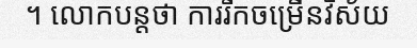
។ លោកបន្តថា ការរីកចម្រើនវិស័យ